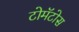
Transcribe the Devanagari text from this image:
टोमॅटोस